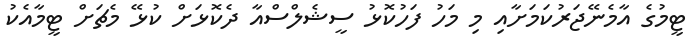
ޓީމުގެ އާމެނޭޖަރުކަމަށާއި މި މަހު ފަހުކޮޅު ސީޝެލްސްއާ ދެކޮޅަށް ކުޅޭ މެޗަށް ޓީމާއެކު